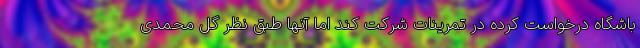
باشگاه درخواست کرده در تمرینات شرکت کند اما آنها طبق نظر گل محمدی